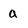
Character: a